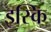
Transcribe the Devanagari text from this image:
इस्कि